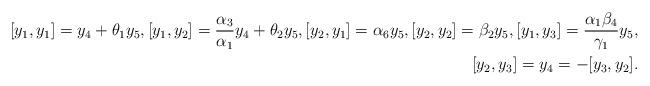
LaTeX: \begin{align*}[y_1, y_1]=y_4+\theta_1y_5, [y_1, y_2]=\frac{\alpha_3}{\alpha_1}y_4+\theta_2y_5, [y_2, y_1]=\alpha_6y_5, [y_2, y_2]=\beta_2y_5, [y_1, y_3]=\frac{\alpha_1\beta_4}{\gamma_1}y_5, \\ [y_2, y_3]=y_4=-[y_3, y_2].\end{align*}